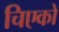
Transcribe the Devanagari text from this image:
चिएको